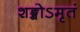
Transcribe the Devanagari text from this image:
शङ्खोऽमृतं